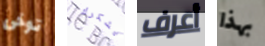
توخى يشكرك أعرف بهذا